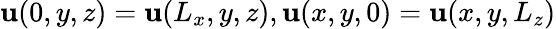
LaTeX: \mathbf{u}(0,y,z)=\mathbf{u}(L_{x},y,z),\mathbf{u}(x,y,0)=\mathbf{u}(x,y,L_{z})